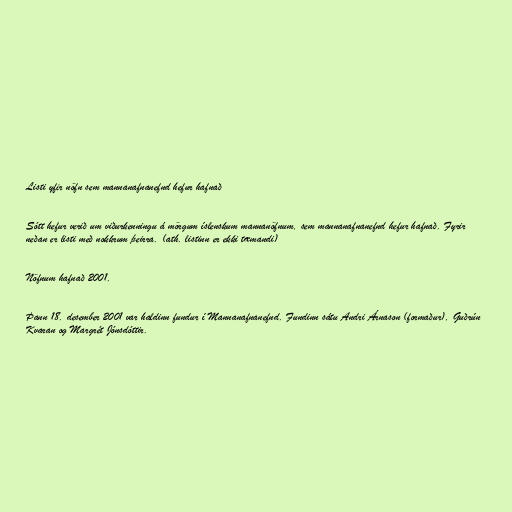
Listi yfir nöfn sem mannanafnanefnd hefur hafnað

Sótt hefur verið um viðurkenningu á mörgum íslenskum mannanöfnum, sem mannanafnanefnd hefur hafnað. Fyrir
neðan er listi með nokkrum þeirra. (ath. listinn er ekki tæmandi)

Nöfnum hafnað 2001.

Þann 18. desember 2001 var haldinn fundur í Mannanafnanefnd. Fundinn sátu Andri Árnason (formaður), Guðrún
Kvaran og Margrét Jónsdóttir.